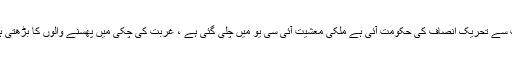
تاہم اس حقیقت سے بھی انکار ممکن نہیں کہ جب سے تحریک انصاف کی حکومت آئی ہے ملکی معشیت آئی سی یو میں چلی گئی ہے ، غربت کی چکی میں پھسنے والوں کا بڑھتی ہوئی منہ زور مہنگائی نے کچل کر رکھ دیا ہے ۔